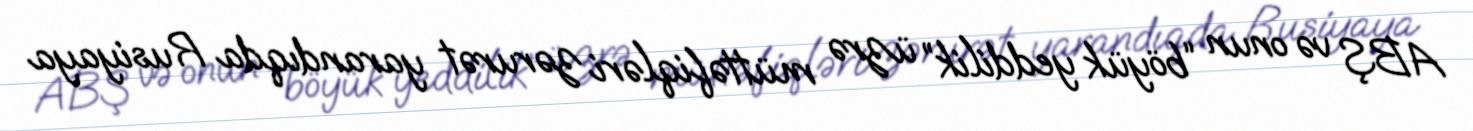
ABŞ və onun “böyük yeddilik” üzrə müttəfiqləri zərurət yarandıqda Rusiyaya